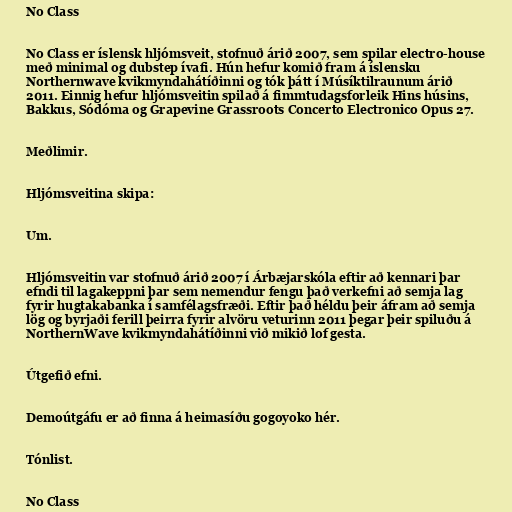
No Class

No Class er íslensk hljómsveit, stofnuð árið 2007, sem spilar electro-house
með minimal og dubstep ívafi. Hún hefur komið fram á íslensku
Northernwave kvikmyndahátíðinni og tók þátt í Músíktilraunum árið
2011. Einnig hefur hljómsveitin spilað á fimmtudagsforleik Hins húsins,
Bakkus, Sódóma og Grapevine Grassroots Concerto Electronico Opus 27.

Meðlimir.

Hljómsveitina skipa:

Um.

Hljómsveitin var stofnuð árið 2007 í Árbæjarskóla eftir að kennari þar
efndi til lagakeppni þar sem nemendur fengu það verkefni að semja lag
fyrir hugtakabanka í samfélagsfræði. Eftir það héldu þeir áfram að semja
lög og byrjaði ferill þeirra fyrir alvöru veturinn 2011 þegar þeir spiluðu á
NorthernWave kvikmyndahátíðinni við mikið lof gesta.

Útgefið efni.

Demoútgáfu er að finna á heimasíðu gogoyoko hér.

Tónlist.

No Class